Lunatic asylums United Provinces 1899-1908 - 1899-1908
Year: 1899
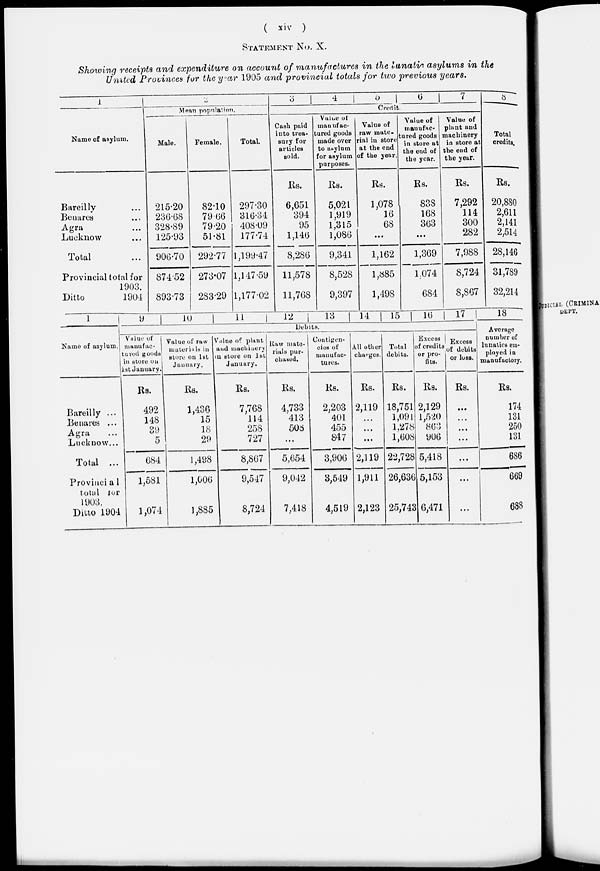
( xiv )
STATEMENT No. X.
Showing receipts and expenditure on account of manufactures in the lunatic asylums in the
United Provinces for the year 1905 and provincial totals for two previous years.
1
Name of asylum.
Bareilly ...
Benares ...
Agra ...
Lucknow ...
Total ...
Provincial total for
1903.
Ditto
1904
2
Mean population.
Male.
215.20
236.68
328.89
125.93
906.70
874.52
893.73
Female.
82.10
79.66
79.20
51.81
292.77
273.07
283.29
Total.
297.30
316.34
408.09
177.74
1,199.47
1,147.59
1,177.02
3
4
5
6
7
8
Credit.
Cash paid
into trea-
sury for
articles
sold.
Rs.
6,651
394
95
1,146
8,286
11,578
11,768
Value of
manufac-
tured goods
made over
to asylum
for asylum
purposes.
Rs.
5,021
1,919
1,315
1,086
9,341
8,528
9,397
Value of
raw mate-
rial in store
at the end
of the year.
Rs.
1,078
16
68
...
1,162
1,885
1,498
Value of
manufac-
tured goods
in store at
the end of
the year.
Rs.
838
168
363
...
1,369
1,074
684
Value of
plant and
machinery
in store at
the end of
the year.
Rs.
7,292
114
300
282
7,988
8,724
8,867
Total
credits,
Rs.
20,880
2,611
2,141
2,514
28,146
31,789
32,214
1
Name of asylum.
Bareilly ...
Benares ...
Agra ...
Lucknow ...
Total ...
Provincia1
total for
1903.
Ditto 1904
9
10
11
12
13
14
15
16
17
Debits.
Value of
manufac-
tured goods
in store on
1st January.
Rs.
492
148
39
5
684
1,581
1,074
Value of raw
materials in
store on 1st
January.
Rs.
1,436
15
18
29
1,498
1,006
1,885
Value of plant
and machinery
in store on 1st
January.
Rs.
7,768
114
258
727
8,867
9,547
8,724
Raw mate-
rials pur-
chased.
Rs.
4,733
413
508
...
5,654
9,042
7,418
Contigen-
cies of
manufac-
tures.
Rs.
2,203
401
455
847
3,906
3,549
4,519
All other
charges.
Rs.
2,119
...
...
...
2,119
1,911
2,123
Total
debits.
Rs.
18,751
1,091
1,278
1,608
22,728
26,636
25,743
Excess
of credits
or pro-
fits.
Rs.
2,129
1,520
863
906
5,418
5,153
6,471
Excess
of debits
or loss.
Rs.
...
...
...
...
...
...
...
18
Average
number of
lunatics em-
ployed in
manufactory.
Rs.
174
131
250
131
686
669
688